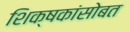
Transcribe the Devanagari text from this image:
शिक्षकांसोबत